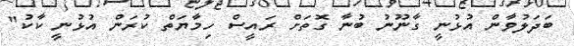
ބަދަލުވާން އުުޅުނީ ގާނޫނު ބުނާ ގޮތަށް ރައީސް ހިމާޔަތް ކުރަން އުޅުނީ ކާކު"